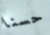
حسنا